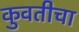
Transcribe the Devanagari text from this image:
कुवतीचा